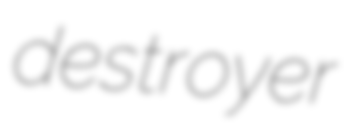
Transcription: destroyer